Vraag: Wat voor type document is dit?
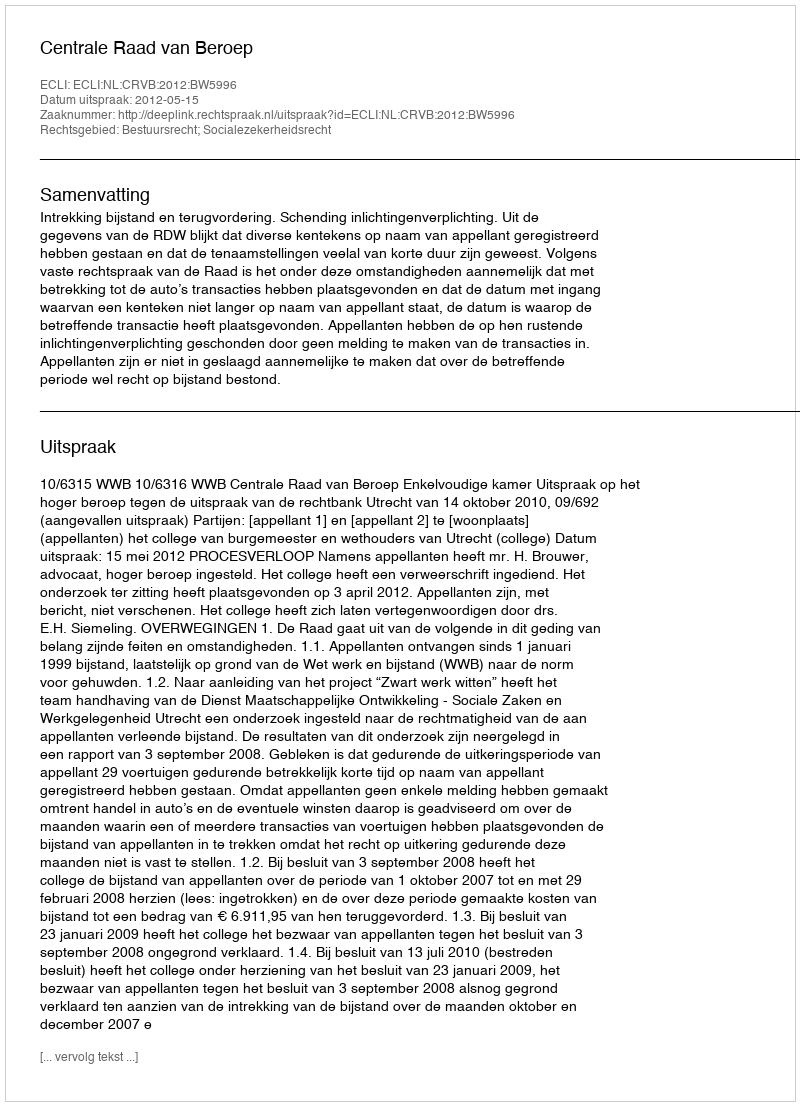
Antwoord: Uitspraak